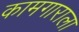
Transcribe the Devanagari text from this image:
कामगाराला